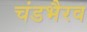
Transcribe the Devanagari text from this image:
चंडभैरव